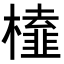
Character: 𭬔